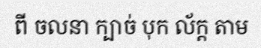
ពី ចលនា ក្បាច់ បុក ល័ក្ត តាម